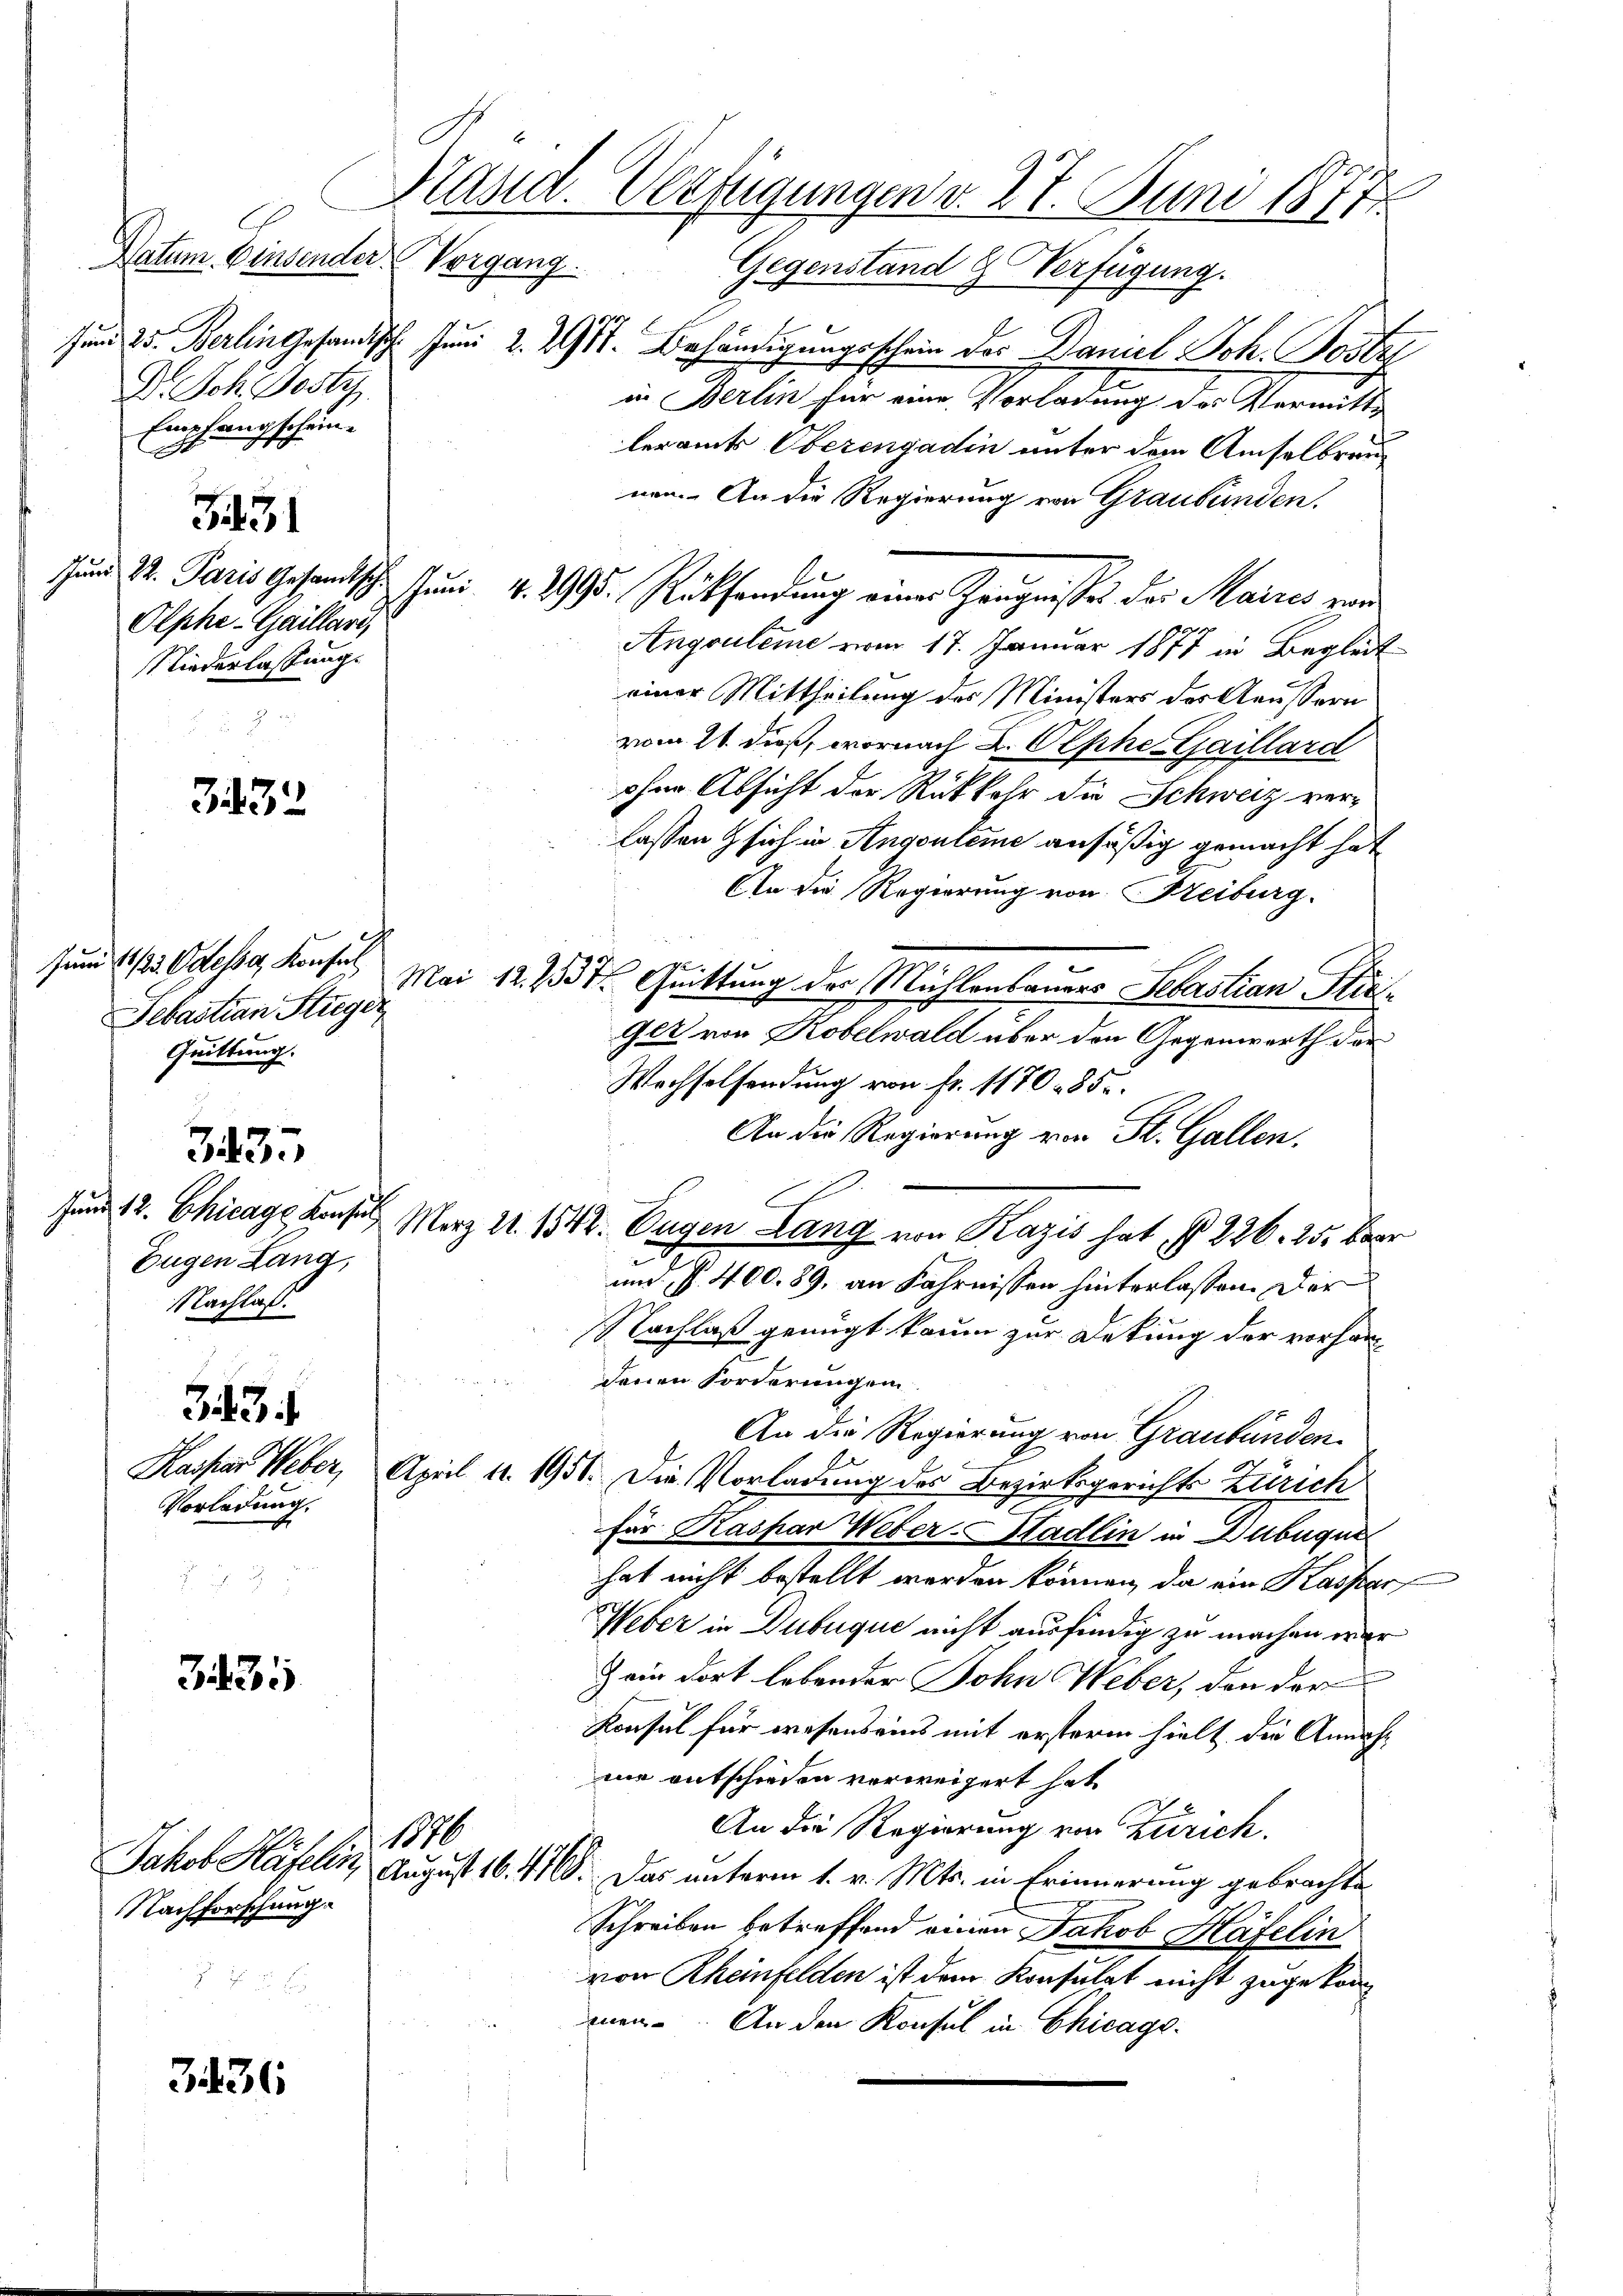
Dr. Joh. Poste
Empfangscheina

3435

351

Olphe-Gaillard,
Niederlassung.

3432

Jun 11/25. Odesser Konsul
Sebastian Stieger
Quittung.

3433

Eugen Lang,
Nachlaß.

343.

Vorladung.

Nachforschung.

3436

sund 23. Berlin gesandisch. Juni 2. 211. Behändigungsschein des Daniel Joh. Poste
in Berlin für eine Vorladung des Vermitte
leramts Oberengadin unter dem Amselbrau
nen. An die Regierung von Graubünden.
Angruleme vom 17. Januar 1877 in Begleit
einer Mittheilung des Ministers der Aeussern
vom 11. dieß, wornach K. Oesche Gaillard
ohne Absicht der Rückkehr die Schweiz verlassen & sich in Angeuleme ansäßig gemacht hat
An die Regierung von Freiburg.
Mai 12. 1387. Quittung der Michlenbauers Sebastian Sti¬
Get von Kobelwald über den Gegenwarth der
Wechselsendung von fr. 1170 - 85.
An die Regierung von St. Gallen.
sund 12. Chicage des März 21. 1542. Eugen Lang von Razis hat, § 226. 25. ber
und §. 400. 89, an Fahrnissen hinterlassen. Der
Nachlaß genügt kaum zur Dekung der vorhandenen Forderungen.
. An die Regierung von Graubünden.
Kaspar Weber, April 1. 1951. Die Vorladung des Bezirksgerichts Zürich
für Raspar Weber-Stadlin in Dubuque
hat nicht bestellt werden können, da ein Kaspar
Weber in Dubuque nicht ausfindig zu machen war
Zein dort lebender John Weber, den der
Konsul für wesens eins mit ersterm hielt, die Annahme entschieden verweigert hat
An die Regierung von Zürich.
1876
Jakob Häfels August 16. 478. Das unterm 1. v. Mts. in Erinnerung gebrachte
Schreiben betreffend einen Jakob Häfelin
von Rheinfelden ist dem Konsulat nicht zugekommnen. An den Konsul in Chicago

Präsid. Verfügungen v. 27. Juni 1877.
Datum einsender Vorgang. Gegenstand & Verfügung.

J S. Paris Gesandtschen Juni v. 2995. Rücksendung einer Zeugnisses der Maires von